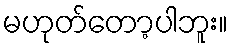
မဟုတ်တော့ပါဘူး။